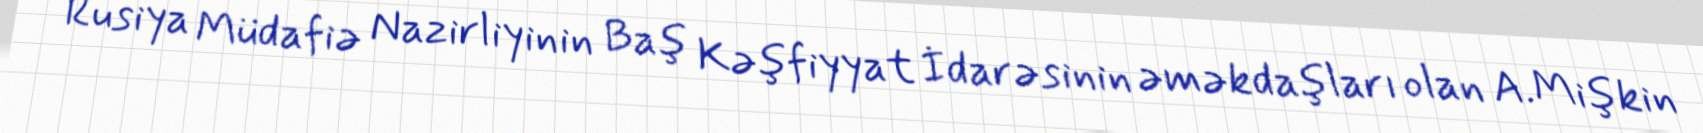
Rusiya Müdafiə Nazirliyinin Baş Kəşfiyyat İdarəsinin əməkdaşları olan A.Mişkin